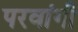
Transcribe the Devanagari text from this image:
परवांगी